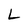
Character: L